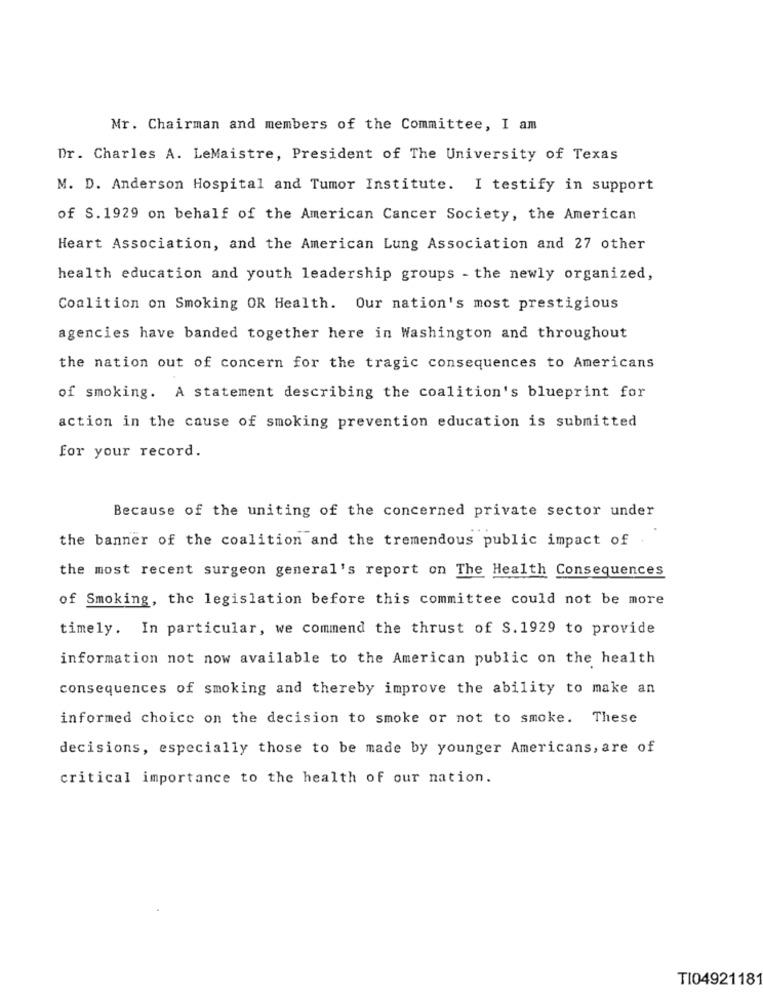
Mr. Chairman and members of the Committee, I am
Dr. Charles A. LeMaistre, President of The University of Texas
M. D. Anderson Hospital and Tumor Institute. I testify in support
of S. 1929 on behalf of the American Cancer Society, the American
Heart Association, and the American Lung Association and 27 other
health education and youth leadership groups - the newly organized,
Coalition on Smoking OR Health. Our nation's most prestigious
agencies have banded together here in Washington and throughout
the nation out of concern for the tragic consequences to Americans
of smoking. A statement describing the coalition's blueprint for
action in the cause of smoking prevention education is submitted
for your record.
Because of the uniting of the concerned private sector under
the banner of the coalition and the tremendous public impact of
the most recent surgeon general's report on The Health Consequences
of Smoking, the legislation before this committee could not be more
timely. In particular, we commend the thrust of S. 1929 to provide
information not now available to the American public on the health
consequences of smoking and thereby improve the ability to make an
informed choice on the decision to smoke or not to smoke. These
decisions, especially those to be made by younger Americans, are of
critical importance to the health of our nation.
TI04921181